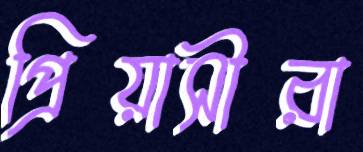
প্রিয়াসীরা